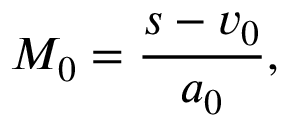
M _ { 0 } = \frac { s - v _ { 0 } } { a _ { 0 } } ,